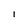
Character: l